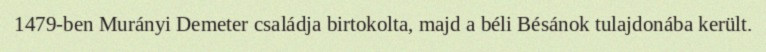
1479-ben Murányi Demeter családja birtokolta, majd a béli Bésánok tulajdonába került.